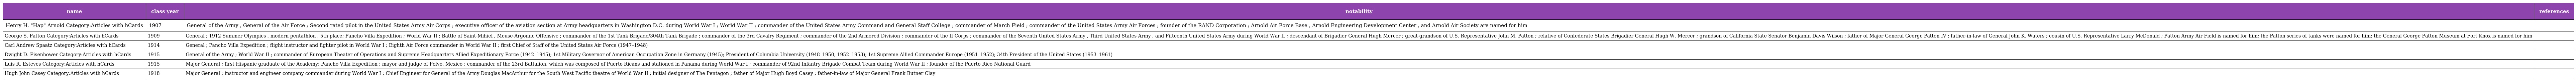
| name | class year | notability | references |
 | --- | --- | --- | --- |
 | Henry H. "Hap" Arnold Category:Articles with hCards | 1907 | General of the Army , General of the Air Force ; Second rated pilot in the United States Army Air Corps ; executive officer of the aviation section at Army headquarters in Washington D.C. during World War I ; World War II ; commander of the United States Army Command and General Staff College ; commander of March Field ; commander of the United States Army Air Forces ; founder of the RAND Corporation ; Arnold Air Force Base , Arnold Engineering Development Center , and Arnold Air Society are named for him |  |
 | George S. Patton Category:Articles with hCards | 1909 | General ; 1912 Summer Olympics , modern pentathlon , 5th place; Pancho Villa Expedition ; World War II ; Battle of Saint-Mihiel , Meuse-Argonne Offensive ; commander of the 1st Tank Brigade/304th Tank Brigade ; commander of the 3rd Cavalry Regiment ; commander of the 2nd Armored Division ; commander of the II Corps ; commander of the Seventh United States Army , Third United States Army , and Fifteenth United States Army during World War II ; descendant of Brigadier General Hugh Mercer ; great-grandson of U.S. Representative John M. Patton ; relative of Confederate States Brigadier General Hugh W. Mercer ; grandson of California State Senator Benjamin Davis Wilson ; father of Major General George Patton IV ; father-in-law of General John K. Waters ; cousin of U.S. Representative Larry McDonald ; Patton Army Air Field is named for him; the Patton series of tanks were named for him; the General George Patton Museum at Fort Knox is named for him |  |
 | Carl Andrew Spaatz Category:Articles with hCards | 1914 | General ; Pancho Villa Expedition ; flight instructor and fighter pilot in World War I ; Eighth Air Force commander in World War II ; first Chief of Staff of the United States Air Force (1947–1948) |  |
 | Dwight D. Eisenhower Category:Articles with hCards | 1915 | General of the Army ; World War II ; commander of European Theater of Operations and Supreme Headquarters Allied Expeditionary Force (1942–1945); 1st Military Governor of American Occupation Zone in Germany (1945); President of Columbia University (1948–1950, 1952–1953); 1st Supreme Allied Commander Europe (1951–1952); 34th President of the United States (1953–1961) |  |
 | Luis R. Esteves Category:Articles with hCards | 1915 | Major General ; first Hispanic graduate of the Academy; Pancho Villa Expedition ; mayor and judge of Polvo, Mexico ; commander of the 23rd Battalion, which was composed of Puerto Ricans and stationed in Panama during World War I ; commander of 92nd Infantry Brigade Combat Team during World War II ; founder of the Puerto Rico National Guard |  |
 | Hugh John Casey Category:Articles with hCards | 1918 | Major General ; instructor and engineer company commander during World War I ; Chief Engineer for General of the Army Douglas MacArthur for the South West Pacific theatre of World War II ; initial designer of The Pentagon ; father of Major Hugh Boyd Casey ; father-in-law of Major General Frank Butner Clay |  |